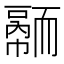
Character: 𦓠